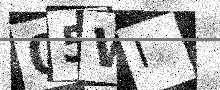
Text: 05WI